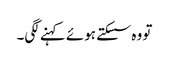
تو وہ سسکتے ہوئے کہنے لگی۔